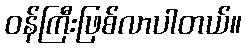
ဝန်ကြီးဖြစ်လာပါတယ်။